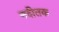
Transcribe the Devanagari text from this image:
नदीतक